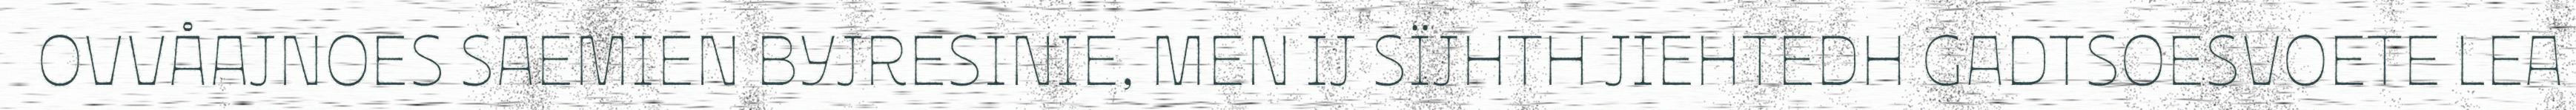
OVVÅAJNOES SAEMIEN BYJRESINIE, MEN IJ SÏJHTH JIEHTEDH GADTSOESVOETE LEA